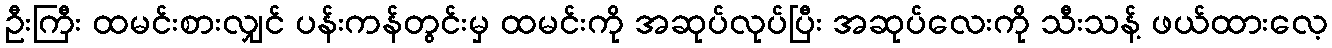
ဦးကြီး ထမင်းစားလျှင် ပန်းကန်တွင်းမှ ထမင်းကို အဆုပ်လုပ်ပြီး အဆုပ်လေးကို သီးသန့် ဖယ်ထားလေ့